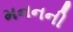
મનનની